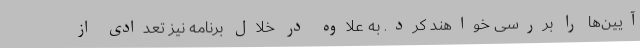
آیین‌ها را بررسی خواهند کرد. به علاوه در خلال برنامه نیز تعدادی از